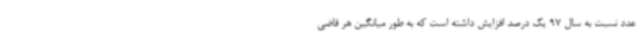
عدد نسبت به سال 97 یک درصد افزایش داشته است که به طور میانگین هر قاضی